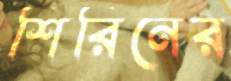
শিরিনের